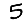
Digit: 5